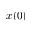
x ( 0 )